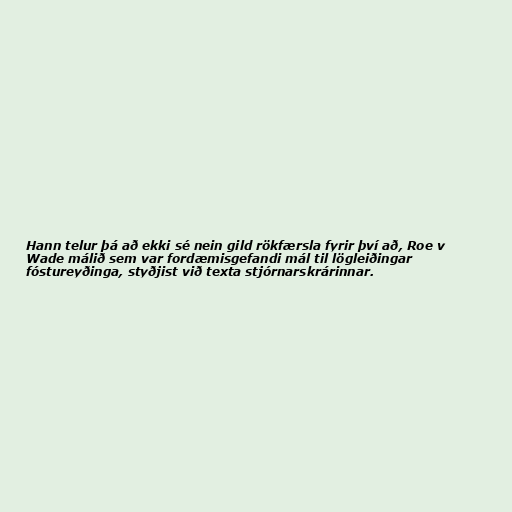
Hann telur þá að ekki sé nein gild rökfærsla fyrir því að, Roe v
Wade málið sem var fordæmisgefandi mál til lögleiðingar
fóstureyðinga, styðjist við texta stjórnarskrárinnar.